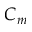
C _ { m }